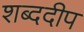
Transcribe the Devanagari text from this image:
शब्ददीप